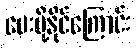
ပေးပို့နိုင်ကြောင်း